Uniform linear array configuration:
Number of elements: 64
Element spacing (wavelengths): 0.5
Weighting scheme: hann
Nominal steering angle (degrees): -60
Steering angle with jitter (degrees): -58.414
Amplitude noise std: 0.05
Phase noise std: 0.05

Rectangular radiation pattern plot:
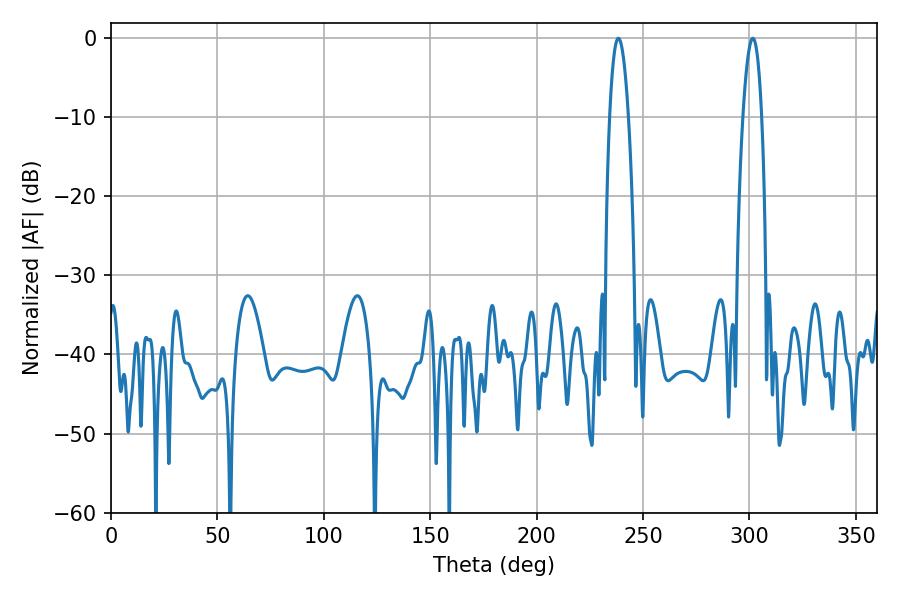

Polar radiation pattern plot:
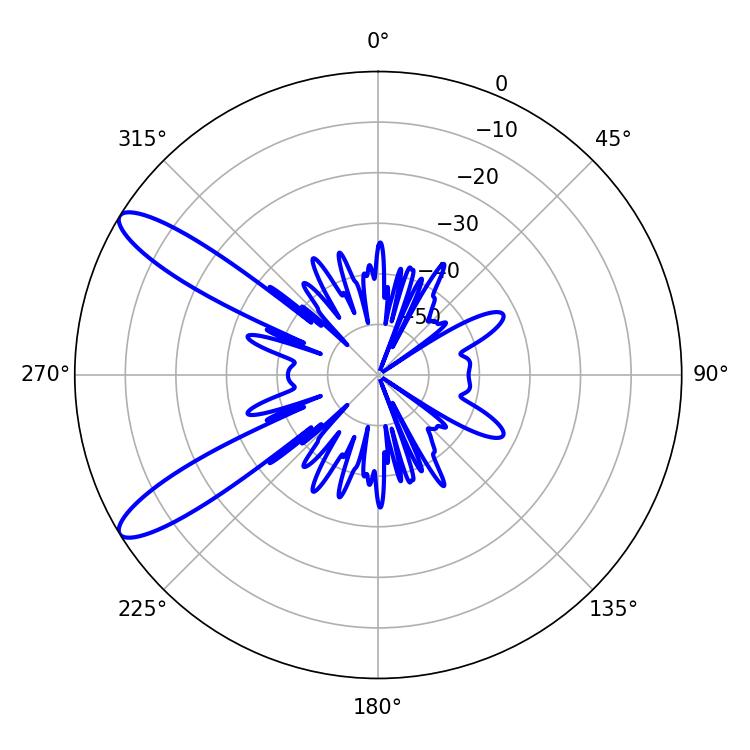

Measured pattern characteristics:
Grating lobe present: FALSE
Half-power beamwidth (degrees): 5.04
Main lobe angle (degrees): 301.5